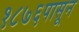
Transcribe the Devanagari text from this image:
१८७६पासून